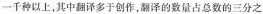
一千种以上，其中翻译多于创作，翻译的数量占总数的三分之